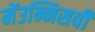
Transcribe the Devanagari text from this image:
मेंउन्निसवीं